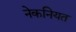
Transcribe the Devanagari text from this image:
नेकनियत